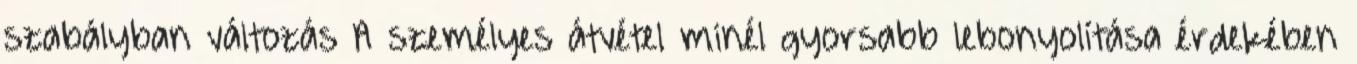
szabályban változás A személyes átvétel minél gyorsabb lebonyolítása érdekében